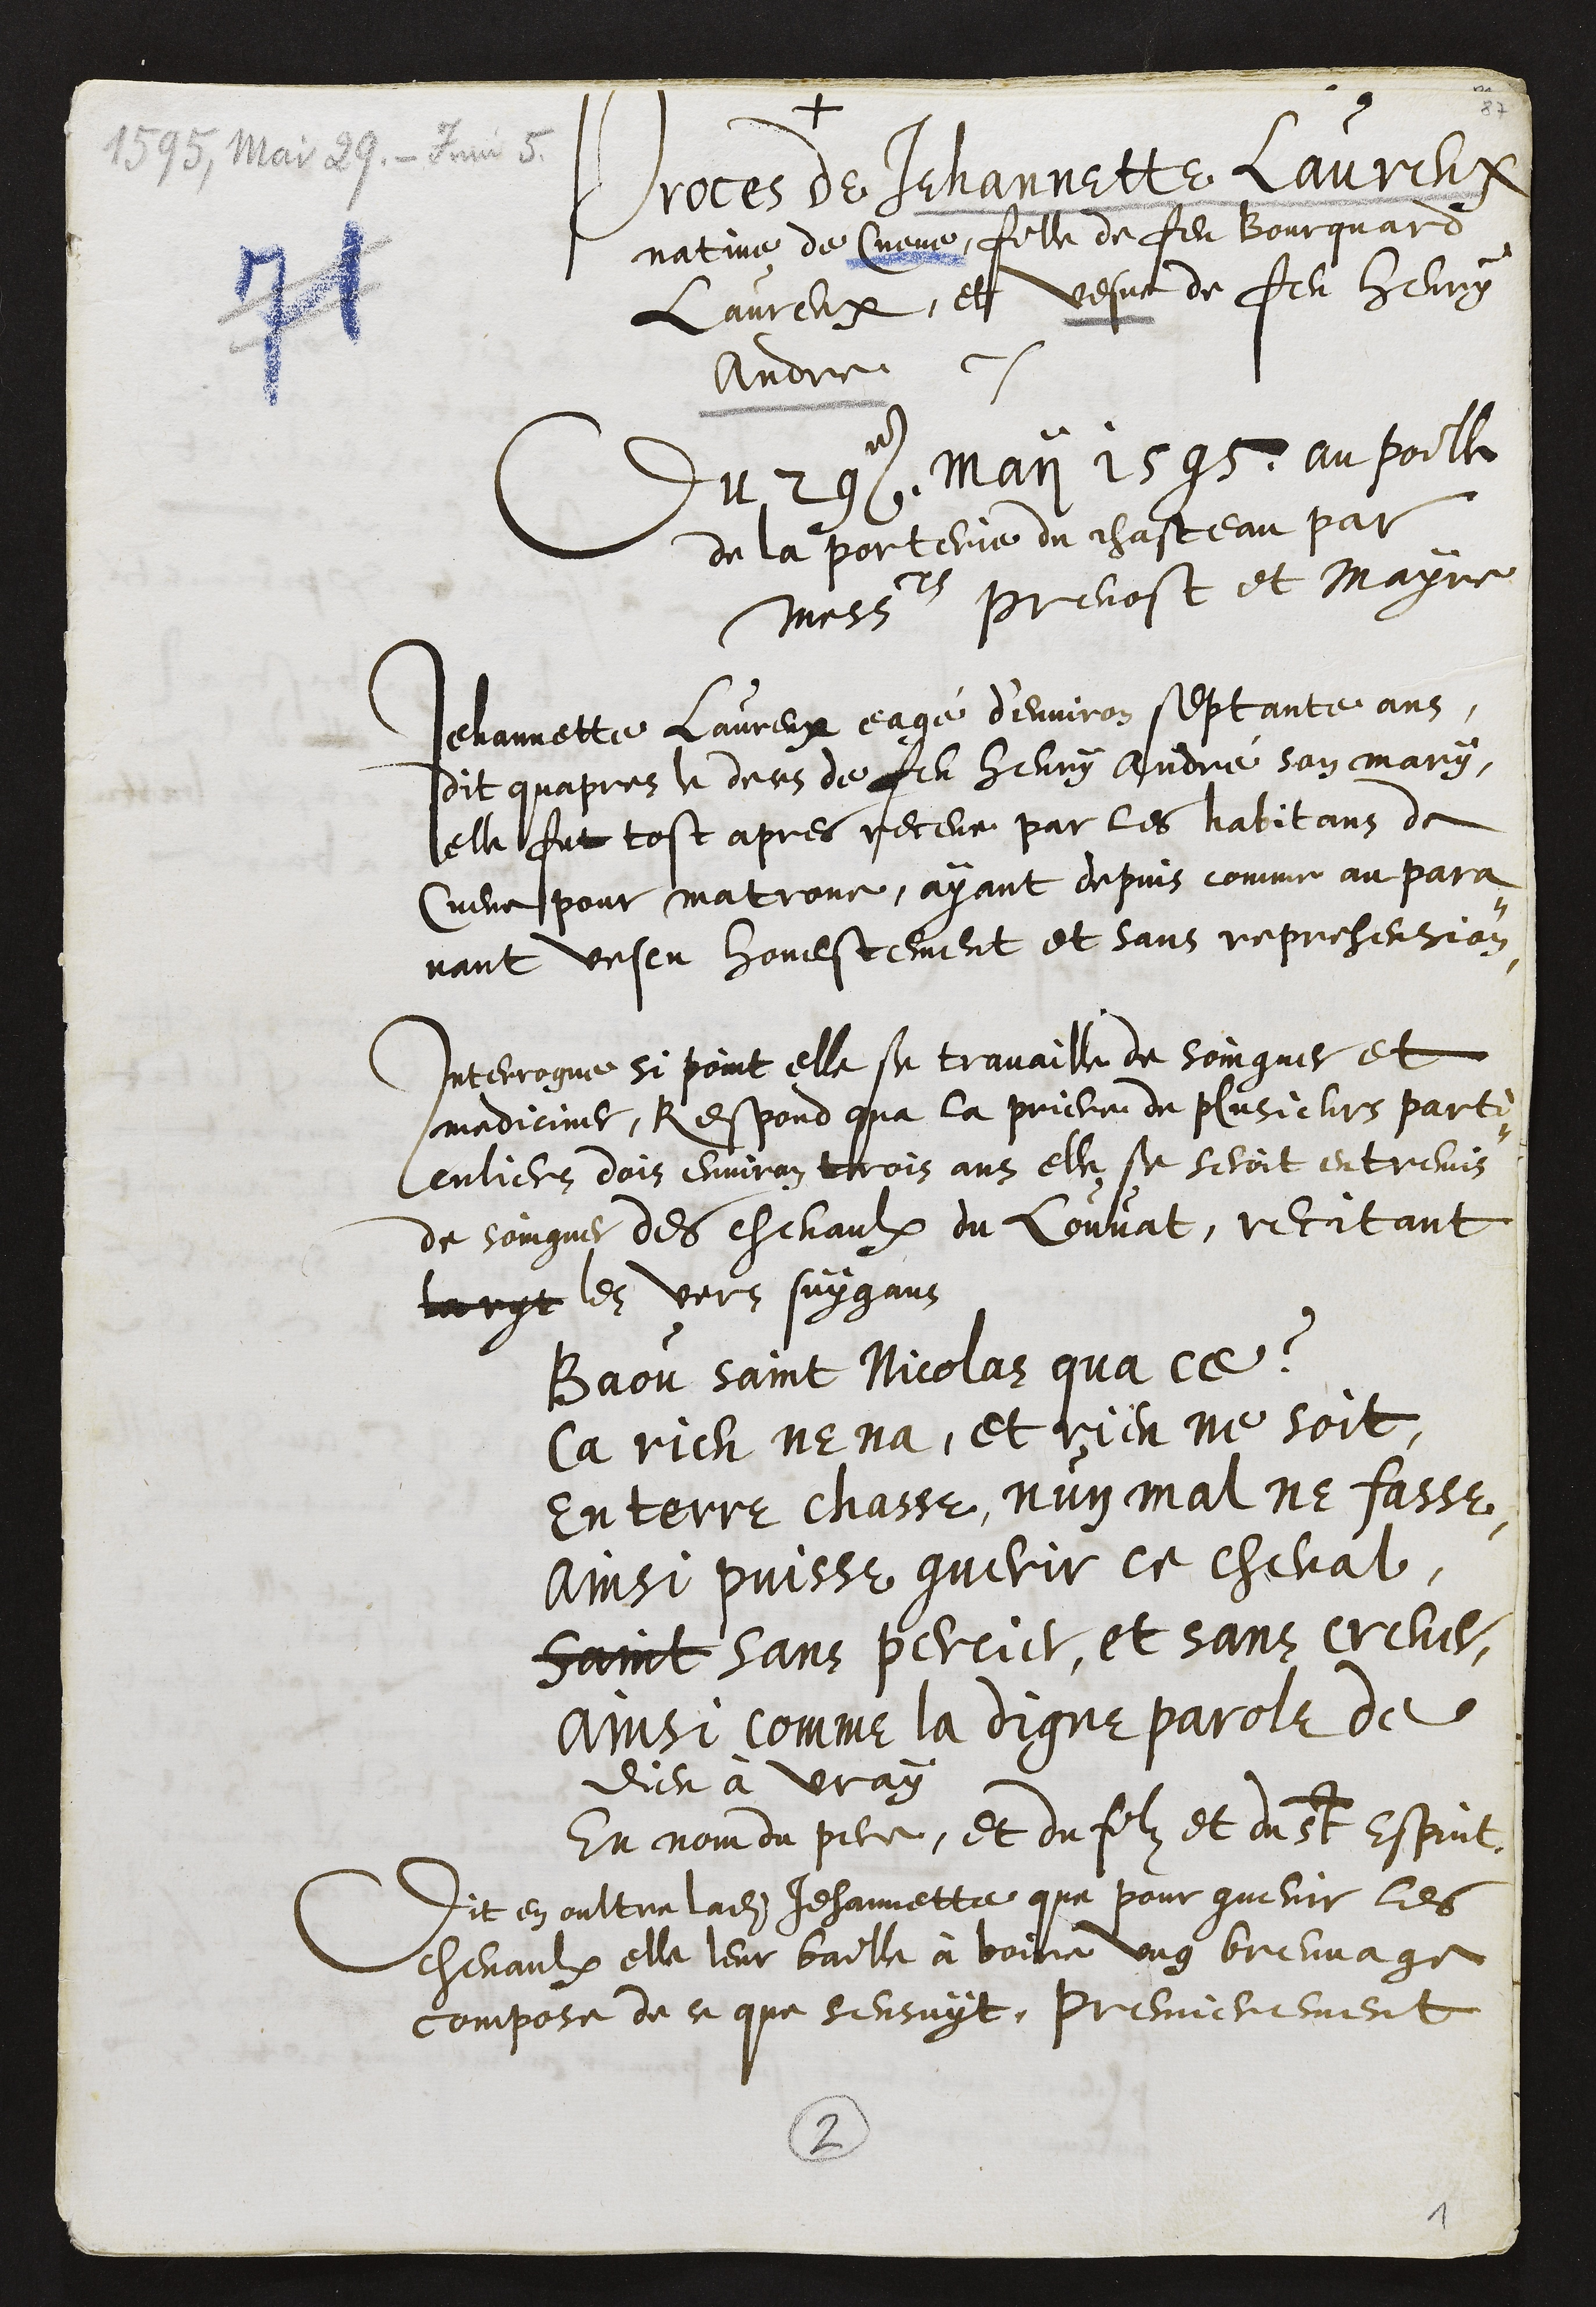
+
Proces de Jehannette Laureux
native de Cueve, fille de feu Bourquard
Laureux, et vesve de feu Henry
Andre
Du 29e May 1595 au poille
de la porterie du chasteau par
2
Messrs Prevost et Mayre
Jehannette Laureux eagé d'environ septante ans
dit quapres le deces de feu Henry André son mary,
elle fut tost apres receue par les habitans de
Cueve pour matrone, ayant depuis comme au para¬
vant vescu honestement et sans reprehension
Interrogue si point elle se travaille de soingner et
mediciner, Respond qua la priere de plusieurs parti¬
culiers dois environ trois ans elle se seroit entremis
de soingner des chevaulx du Louvat, recitant
la ryt les vers suygans
Baou saint Nicolas qua ce ?
Ca rien ne na, et rien ne soit
en terre chasse, nuy mal ne fasse
ainsi puisse guerir ce cheval,
Saint sans percier, et sans crever,
ainsi comme la digne parolle de
Dieu à vray
En nom du pere, et du filz et du St Esprit
Dit en oultre ladite Jehannette que pour guerir les
chevaulx elle leur baille à boire ung breuvage
compose de ce que sensuyt, premierement
2

1